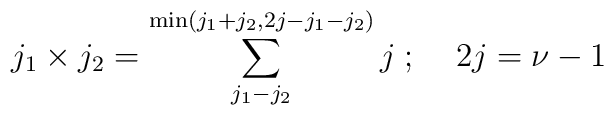
j_1\times j_2=\sum_{j_1-j_2}^{\min(j_1+j_2,2j-j_1-j_2)}j\;;\;\;\;\;2j=\nu-1